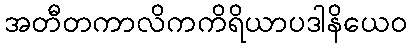
အတီတကာလိကကိရိယာပဒါနိယေဝ